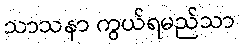
သာသနာ ကွယ်ရမည်သာ